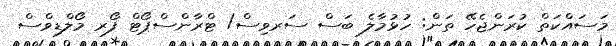
މަސައްކަތް ކުރަންޖެހޭ ތަން: ހުޅުމާލެ ބަސް ސަރވިސް/ ޓްރާންސްޕޯޓް ފޯރ މޯލްޑިވްސް